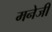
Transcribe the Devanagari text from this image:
मनेजी